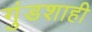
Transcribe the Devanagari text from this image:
गुंडशाही